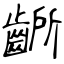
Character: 齭